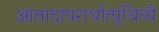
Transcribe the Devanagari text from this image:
आंतादापरार्धात्पृथिव्यै